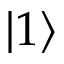
| 1 \rangle